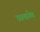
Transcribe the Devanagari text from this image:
रस्त्यानेच